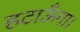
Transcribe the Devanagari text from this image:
हटाऊँगा।